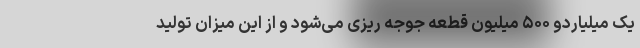
یک میلیاردو ۵۰۰ میلیون قطعه جوجه ریزی می‌شود و از این میزان تولید